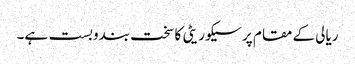
ریالی کے مقام پر سیکوریٹی کا سخت بندوبست ہے۔